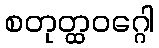
စတုတ္ထဝဂ္ဂေါ